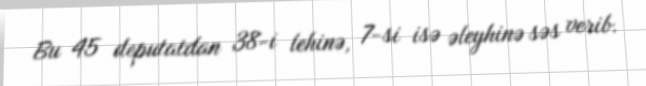
Bu 45 deputatdan 38-i lehinə, 7-si isə əleyhinə səs verib.